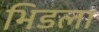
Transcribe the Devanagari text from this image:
भिडला